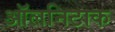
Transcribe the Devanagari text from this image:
ऑलनिटाक